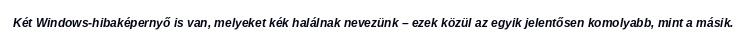
Két Windows-hibaképernyő is van, melyeket kék halálnak nevezünk – ezek közül az egyik jelentősen komolyabb, mint a másik.